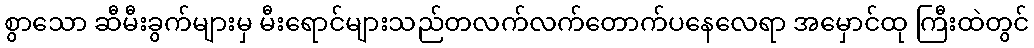
စွာသော ဆီမီးခွက်များမှ မီးရောင်များသည်တလက်လက်တောက်ပနေလေရာ အမှောင်ထု ကြီးထဲတွင်